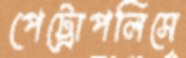
পেট্রোপলিসে